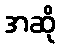
အဆို